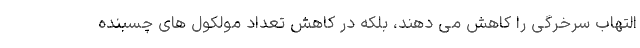
التهاب سرخرگی را کاهش می دهند، بلکه در کاهش تعداد مولکول های چسبنده